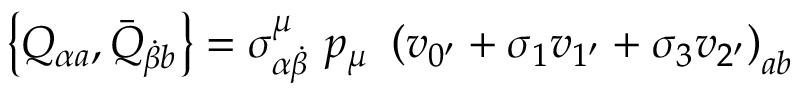
\left\{ Q _ { \alpha a } , \bar { Q } _ { \dot { \beta } b } \right\} = \sigma _ { \alpha \dot { \beta } } ^ { \mu } \, \, p _ { \mu } \, \, \left( v _ { 0 ^ { \prime } } + \sigma _ { 1 } v _ { 1 ^ { \prime } } + \sigma _ { 3 } v _ { 2 ^ { \prime } } \right) _ { a b }